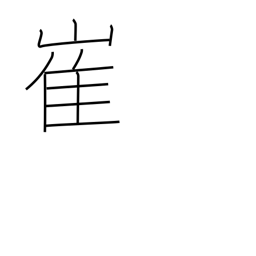
Meaning: precipice